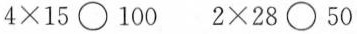
$$4 \times 1 5 \circ 1 0 0$$ $$2 \times 2 8 \circ 5 0$$